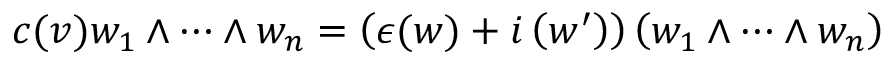
c ( v ) w _ { 1 } \wedge \cdots \wedge w _ { n } = \left( \epsilon ( w ) + i \left( w ^ { \prime } \right) \right) \left( w _ { 1 } \wedge \cdots \wedge w _ { n } \right)